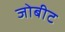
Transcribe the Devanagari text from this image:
जोबीट